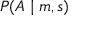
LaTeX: P ( A \mid m , s )